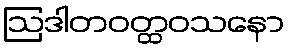
ဩဒါတဝတ္ထဝသနော